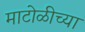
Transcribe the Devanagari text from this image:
माटोळीच्या